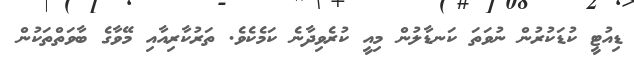
ޑިއުޓީ ކުޑަކުރުން ނުވަތަ ކަނޑާލުން މިއީ ކުރެވިދާނެ ކަމެކެވެ. ތަރުކާރިއާއި މޭވާގެ ބާވަތްތަކުން